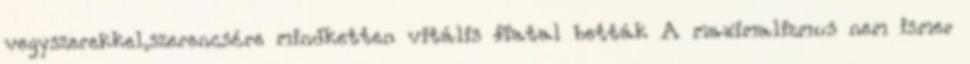
vegyszerekkel,szerencsére mindketten vitális fiatal betták A maximalizmus nem ismer